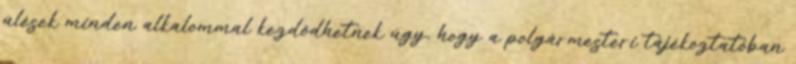
ülések minden alkalommal kezdődhetnek úgy, hogy a polgármesteri tájékoztatóban